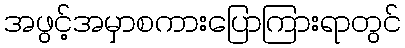
အဖွင့်အမှာစကားပြောကြားရာတွင်